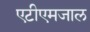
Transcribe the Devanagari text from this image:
एटीएमजाल